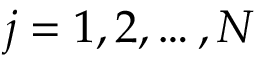
j = 1 , 2 , \ldots , N